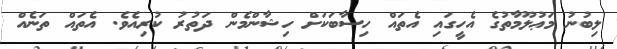
ލިބުނު މަޢުލޫމާތުގެ އެހީގައި އެތައް ހިސާބަކަށް ހިޝާންމެން ދަތުރު ކުރިއެވެ. އެތައް ތަނެއް